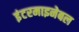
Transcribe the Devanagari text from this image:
इंटरमाइनेबल